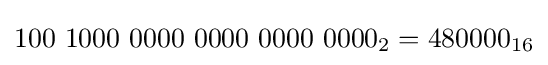
100\ 1000\ 0000\ 0000\ 0000\ 0000_{2}=480000_{16}